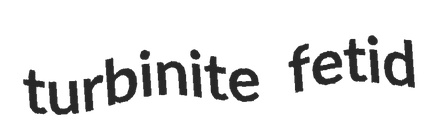
turbinite fetid